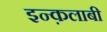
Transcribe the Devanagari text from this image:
इन्क़लाबी